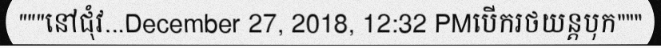
"""នៅជុំវ...December 27, 2018, 12:32 PMបើករថយន្តបុក"""